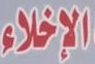
الإخلاء